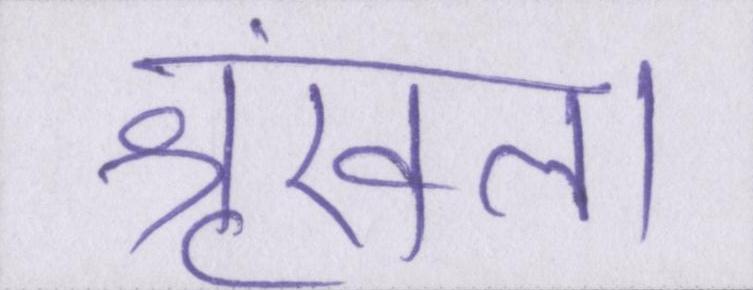
श्रृंखला